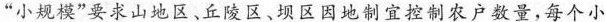
“小规模”要求山地区、丘陵区、坝区因地制宜控制农户数量，每个小